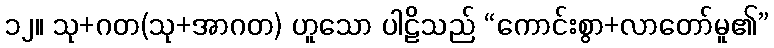
၁၂။ သု+ဂတ(သု+အာဂတ) ဟူသော ပါဠိသည် “ကောင်းစွာ+လာတော်မူ၏”